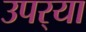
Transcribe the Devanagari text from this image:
उपर्‍या